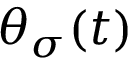
\theta _ { \sigma } ( t )